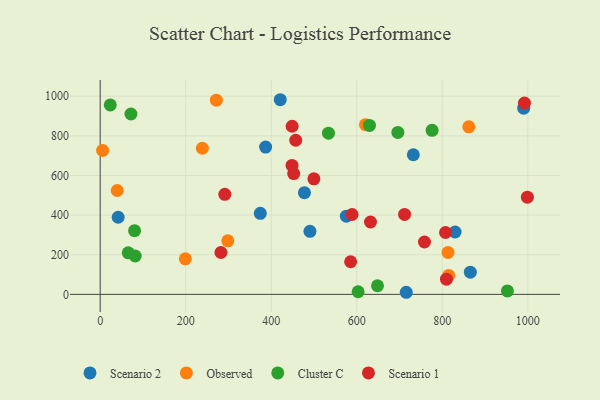
{"axis": {"x": "Engine Size", "y": "Exam Score"}, "legend": ["Cluster C", "Observed", "Scenario 1", "Scenario 2"], "data": [{"x": "421.1", "y": 982.4, "type": "Scenario 2"}, {"x": "386.8", "y": 743.3, "type": "Scenario 2"}, {"x": "865.5", "y": 111.8, "type": "Scenario 2"}, {"x": "990.3", "y": 939.7, "type": "Scenario 2"}, {"x": "732.2", "y": 704.6, "type": "Scenario 2"}, {"x": "490.5", "y": 318.2, "type": "Scenario 2"}, {"x": "575.6", "y": 394.5, "type": "Scenario 2"}, {"x": "715.7", "y": 10.5, "type": "Scenario 2"}, {"x": "42.0", "y": 389.1, "type": "Scenario 2"}, {"x": "374.4", "y": 409.0, "type": "Scenario 2"}, {"x": "477.6", "y": 513.2, "type": "Scenario 2"}, {"x": "829.9", "y": 314.8, "type": "Scenario 2"}, {"x": "39.8", "y": 524.1, "type": "Observed"}, {"x": "238.9", "y": 737.5, "type": "Observed"}, {"x": "271.6", "y": 980.3, "type": "Observed"}, {"x": "620.3", "y": 856.3, "type": "Observed"}, {"x": "813.3", "y": 211.5, "type": "Observed"}, {"x": "5.7", "y": 726.4, "type": "Observed"}, {"x": "298.4", "y": 270.0, "type": "Observed"}, {"x": "199.1", "y": 179.4, "type": "Observed"}, {"x": "861.9", "y": 845.4, "type": "Observed"}, {"x": "814.9", "y": 95.6, "type": "Observed"}, {"x": "648.5", "y": 43.5, "type": "Cluster C"}, {"x": "80.4", "y": 321.2, "type": "Cluster C"}, {"x": "533.8", "y": 813.7, "type": "Cluster C"}, {"x": "23.6", "y": 956.3, "type": "Cluster C"}, {"x": "65.6", "y": 209.4, "type": "Cluster C"}, {"x": "952.2", "y": 17.3, "type": "Cluster C"}, {"x": "71.9", "y": 910.4, "type": "Cluster C"}, {"x": "81.9", "y": 193.7, "type": "Cluster C"}, {"x": "776.1", "y": 828.1, "type": "Cluster C"}, {"x": "603.1", "y": 13.1, "type": "Cluster C"}, {"x": "629.7", "y": 852.6, "type": "Cluster C"}, {"x": "696.0", "y": 817.1, "type": "Cluster C"}, {"x": "992.1", "y": 965.4, "type": "Scenario 1"}, {"x": "588.9", "y": 403.0, "type": "Scenario 1"}, {"x": "499.7", "y": 583.2, "type": "Scenario 1"}, {"x": "448.8", "y": 848.4, "type": "Scenario 1"}, {"x": "809.7", "y": 76.5, "type": "Scenario 1"}, {"x": "282.3", "y": 211.2, "type": "Scenario 1"}, {"x": "291.4", "y": 504.8, "type": "Scenario 1"}, {"x": "632.0", "y": 365.2, "type": "Scenario 1"}, {"x": "448.6", "y": 650.7, "type": "Scenario 1"}, {"x": "585.6", "y": 164.6, "type": "Scenario 1"}, {"x": "711.7", "y": 403.3, "type": "Scenario 1"}, {"x": "807.5", "y": 312.1, "type": "Scenario 1"}, {"x": "758.3", "y": 264.3, "type": "Scenario 1"}, {"x": "998.9", "y": 490.4, "type": "Scenario 1"}, {"x": "457.2", "y": 777.9, "type": "Scenario 1"}, {"x": "452.5", "y": 609.8, "type": "Scenario 1"}]}